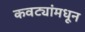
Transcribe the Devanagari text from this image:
कवट्यांमधून